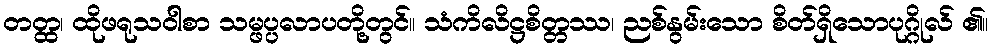
တတ္ထ၊ ထိုဖရုသဝါစာ သမ္ဖပ္ပလာပတို့တွင်။ သံကိလိဋ္ဌစိတ္တဿ၊ ညစ်နွမ်းသော စိတ်ရှိသောပုဂ္ဂိုလ် ၏။